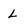
Character: L